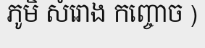
ភូមិ សំរោង កញ្ចោច )